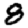
Digit: 8